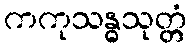
ကကုသန္ဓသုတ္တံ